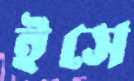
ইসে